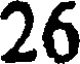
26